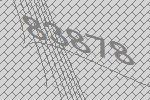
83878